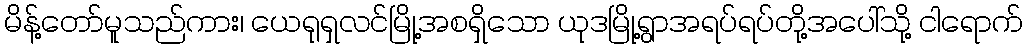
မိန့်တော်မူသည်ကား၊ ယေရုရှလင်မြို့အစရှိသော ယုဒမြို့ရွာအရပ်ရပ်တို့အပေါ်သို့ ငါရောက်